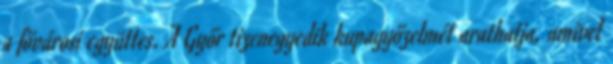
a fővárosi együttes. A Győr tizenegyedik kupagyőzelmét arathatja, amivel